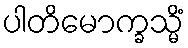
ပါတိမောက္ခသ္မိံ